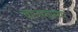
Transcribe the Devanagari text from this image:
बालस्वास्थ्य